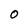
Character: O